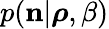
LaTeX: p({\mathbf n}|\boldsymbol{\rho},\beta)